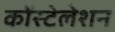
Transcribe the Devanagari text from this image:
कोंस्टेलेशन